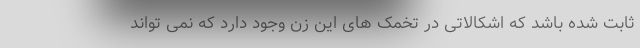
ثابت شده باشد که اشکالاتی در تخمک های این زن وجود دارد که نمی تواند